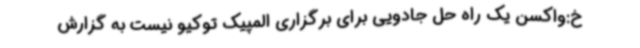
خ:واکسن یک راه حل جادویی برای برگزاری المپیک توکیو نیست به گزارش